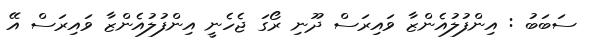
ސަބަބު : އިންފުލުއެންޒާ ވައިރަސް ދޫނި ރޯގަ ޖެހެނީ އިންފުލުއެންޒާ ވައިރަސް އޭ